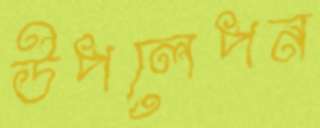
উপলেপন